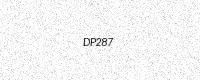
Text: DP287